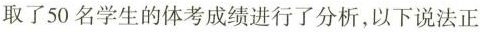
取了50名学生的体考成绩进行了分析，以下说法正